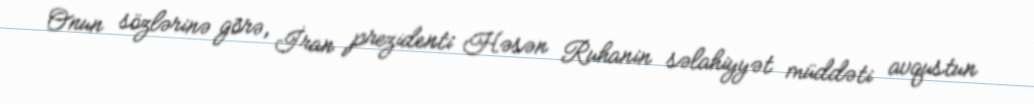
Onun sözlərinə görə, İran prezidenti Həsən Ruhanin səlahiyyət müddəti avqustun